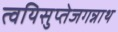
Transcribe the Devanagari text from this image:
त्वयिसुप्तेजगन्नाथ